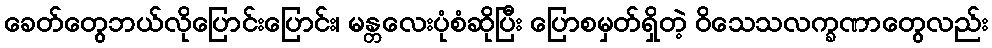
ခေတ်တွေဘယ်လိုပြောင်းပြောင်း၊ မန္တလေးပုံစံဆိုပြီး ပြောစမှတ်ရှိတဲ့ ဝိသေသလက္ခဏာတွေလည်း